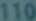
110